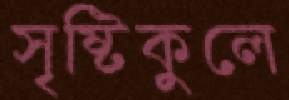
সৃষ্টিকুলে